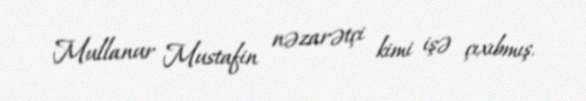
Mullanur Mustafin nəzarətçi kimi işə çıxıbmış.